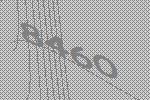
8460